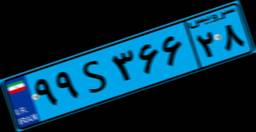
۸۵S۸۰۲۶۸